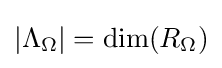
|\Lambda _{\Omega }|=\dim(R_{\Omega })